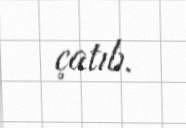
çatıb.